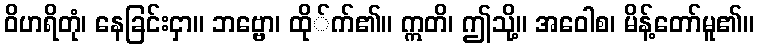
ဝိဟရိတုံ၊ နေခြင်းငှာ။ ဘဗ္ဗော၊ ထို်က်၏။ ဣတိ၊ ဤသို့။ အဝေါစ၊ မိန့်တော်မူ၏။